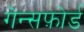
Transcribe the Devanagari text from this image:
गेन्सफ़ोर्ड